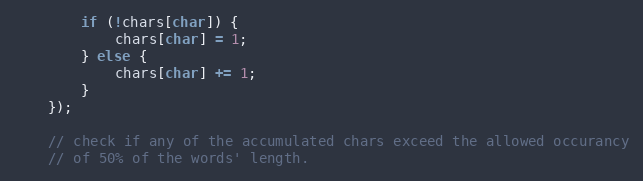
Language: JavaScript
        if (!chars[char]) {
            chars[char] = 1;
        } else {
            chars[char] += 1;
        }
    });

    // check if any of the accumulated chars exceed the allowed occurancy
    // of 50% of the words' length.